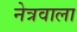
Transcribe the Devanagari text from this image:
नेत्रवाला